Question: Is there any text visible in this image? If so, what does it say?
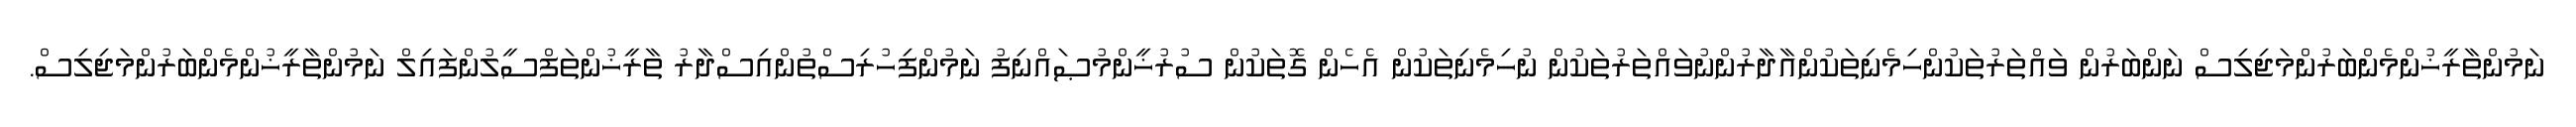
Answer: ނަމުންތާރީޚުންމެންބަރުންމަޖިލިސް ނަންބަރުން ވައްތަރުތަކުންހިމެނިތަކުންއާދާރުންނުވައްތަރުތަކުން ނުހިމެނިތަކުން އެހެން ގޮތަކުން ސުރުޚީންމުޞައްނިފު ނަމުންފިހުރިސްތުންއިސްދާރު ތާރީޚުންތަފްސީލުންފައިލް ނަމުންތާރީޚުންމެންބަރުންމަޖިލިސް.